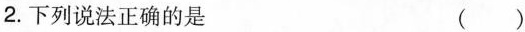
2.下列说法正确的是 ()